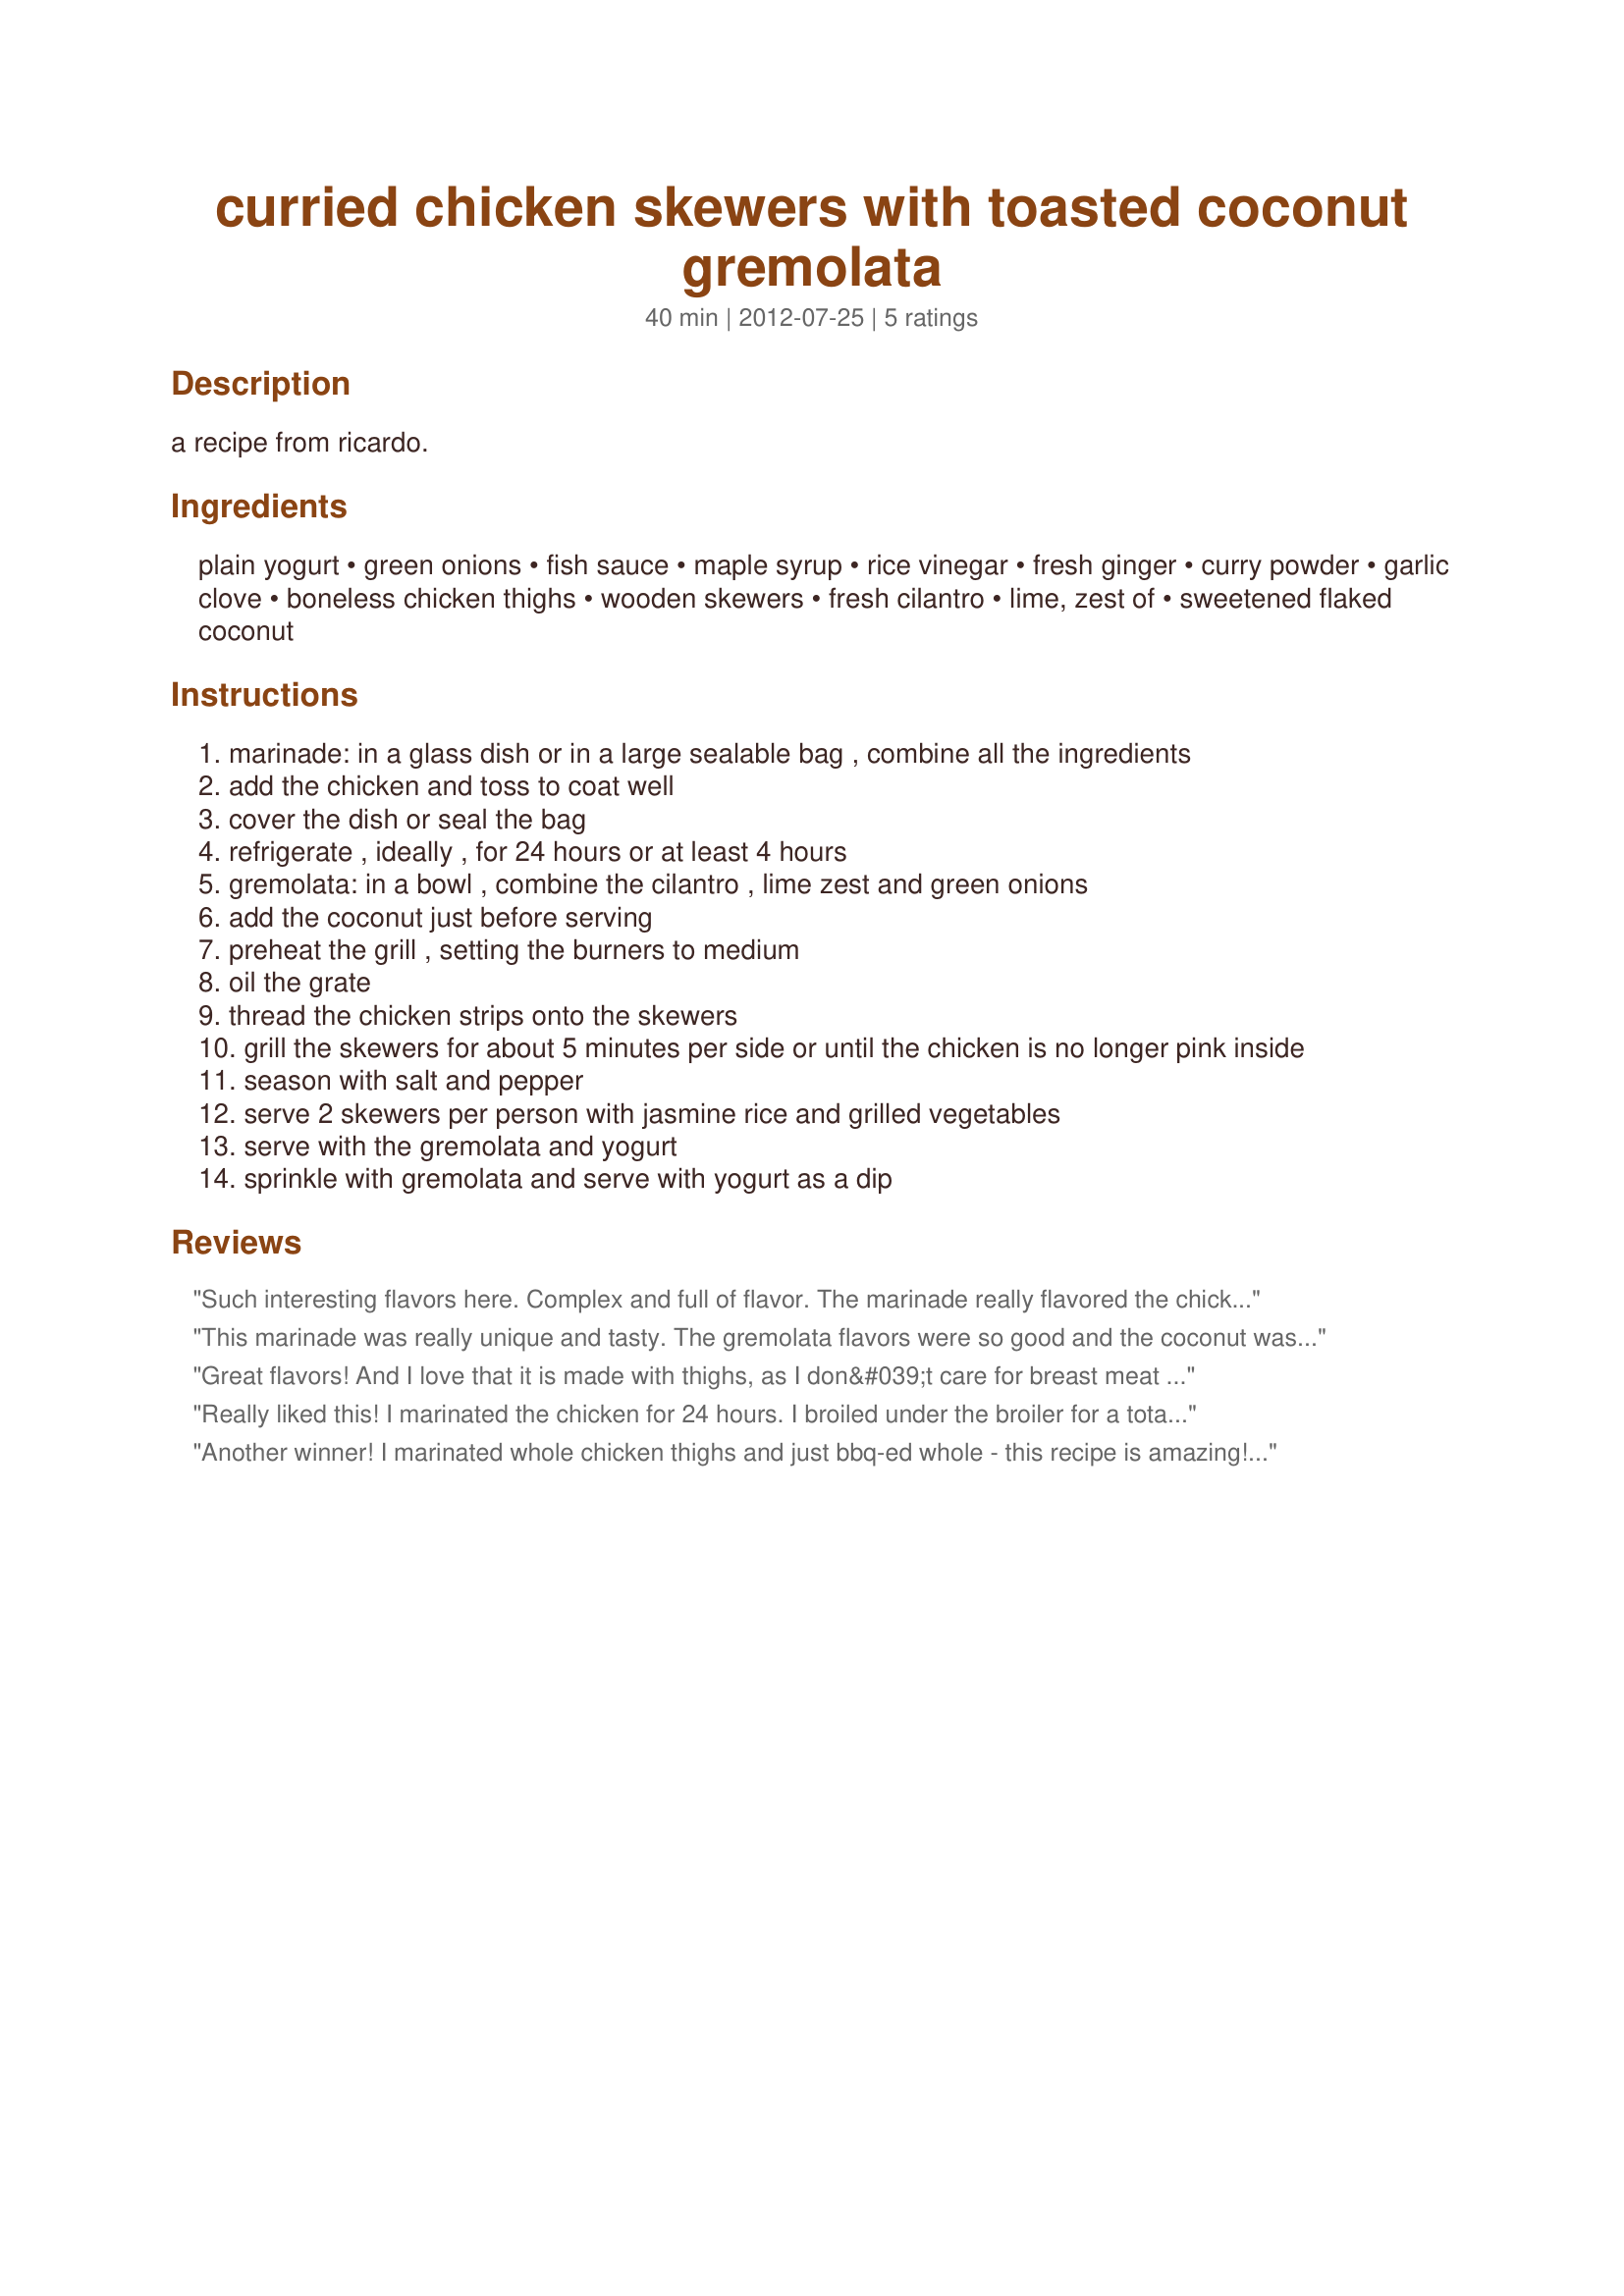
curried chicken skewers with toasted coconut gremolata
Preparation time: 40 minutes

a recipe from ricardo.

Ingredients:
plain yogurt, green onions, fish sauce, maple syrup, rice vinegar, fresh ginger, curry powder, garlic clove, boneless chicken thighs, wooden skewers, fresh cilantro, lime, zest of, sweetened flaked coconut

Steps:
marinade: in a glass dish or in a large sealable bag , combine all the ingredients
add the chicken and toss to coat well
cover the dish or seal the bag
refrigerate , ideally , for 24 hours or at least 4 hours
gremolata: in a bowl , combine the cilantro , lime zest and green onions
add the coconut just before serving
preheat the grill , setting the burners to medium
oil the grate
thread the chicken strips onto the skewers
grill the skewers for about 5 minutes per side or until the chicken is no longer pink inside
season with salt and pepper
serve 2 skewers per person with jasmine rice and grilled vegetables
serve with the gremolata and yogurt
sprinkle with gremolata and serve with yogurt as a dip

Reviews:
Such interesting flavors here. Complex and full of flavor. The marinade really flavored the chicken strips. My husband loved the chicken straight off the "barbie". I really enjoyed the gremolata flavors. I might add more coconut next time. Thank you for a fun and yummy meal. Made for ZWT8 Australia/NZ
This marinade was really unique and tasty. The gremolata flavors were so good and the coconut was so different but delicious with this. I will definitely make again. Made for ZWT8.
Great flavors! And I love that it is made with thighs, as I don&#039;t care for breast meat cooked this way (always gets too dry). I have had gremolata a few times but never with coconut. Nice. I am going to make some to go on white fish soon. (I used unsweetened and it worked fine). I used yogurt but may try this with sour cream also. I served the yogurt and gremolata in individual cups so we could put our own on top according to our tastes.
Really liked this! I marinated the chicken for 24 hours. I broiled under the broiler for a total of 7 minutes. I put the gremolata on top of the rice and then put the chicken on top of that. The coconut really made it I think.
Another winner! I marinated whole chicken thighs and just bbq-ed whole - this recipe is amazing! Will be made over and over. Made for ZWT 8
